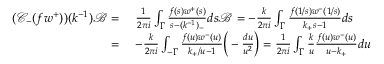
\begin{array} { r l } { ( \mathcal { C } _ { - } ( f w ^ { + } ) ) ( k ^ { - 1 } ) \mathcal { B } = } & { \; \frac { 1 } { 2 \pi i } \int _ { \Gamma } \frac { f ( s ) w ^ { + } ( s ) } { s - ( k ^ { - 1 } ) _ { - } } d s \mathcal { B } = - \frac { k } { 2 \pi i } \int _ { \Gamma } \frac { f ( 1 / s ) w ^ { - } ( 1 / s ) } { k _ { + } s - 1 } d s } \\ { = } & { \; - \frac { k } { 2 \pi i } \int _ { - \Gamma } \frac { f ( u ) w ^ { - } ( u ) } { k _ { + } / u - 1 } \bigg ( - \frac { d u } { u ^ { 2 } } \bigg ) = \frac { 1 } { 2 \pi i } \int _ { \Gamma } \frac { k } { u } \frac { f ( u ) w ^ { - } ( u ) } { u - k _ { + } } d u } \end{array}